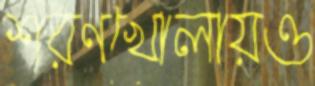
শরণখোলায়ও